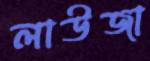
লাউজা